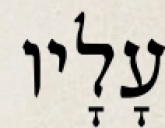
עָלָיו